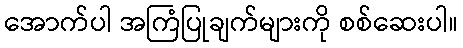
အောက်ပါ အကြံပြုချက်များကို စစ်ဆေးပါ။